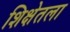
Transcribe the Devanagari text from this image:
शिक्षेतला